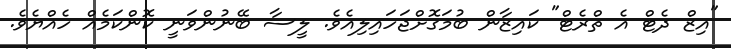
"އިޒް ދެޓް އެ ތްރެޓް" ކައިޒާން ބުމަގޮށްޖަހައިލިއެވެ. ލީސާ ބޭނުންވަނީ ކޮންކަމެއް ހެއްޔެވެ.